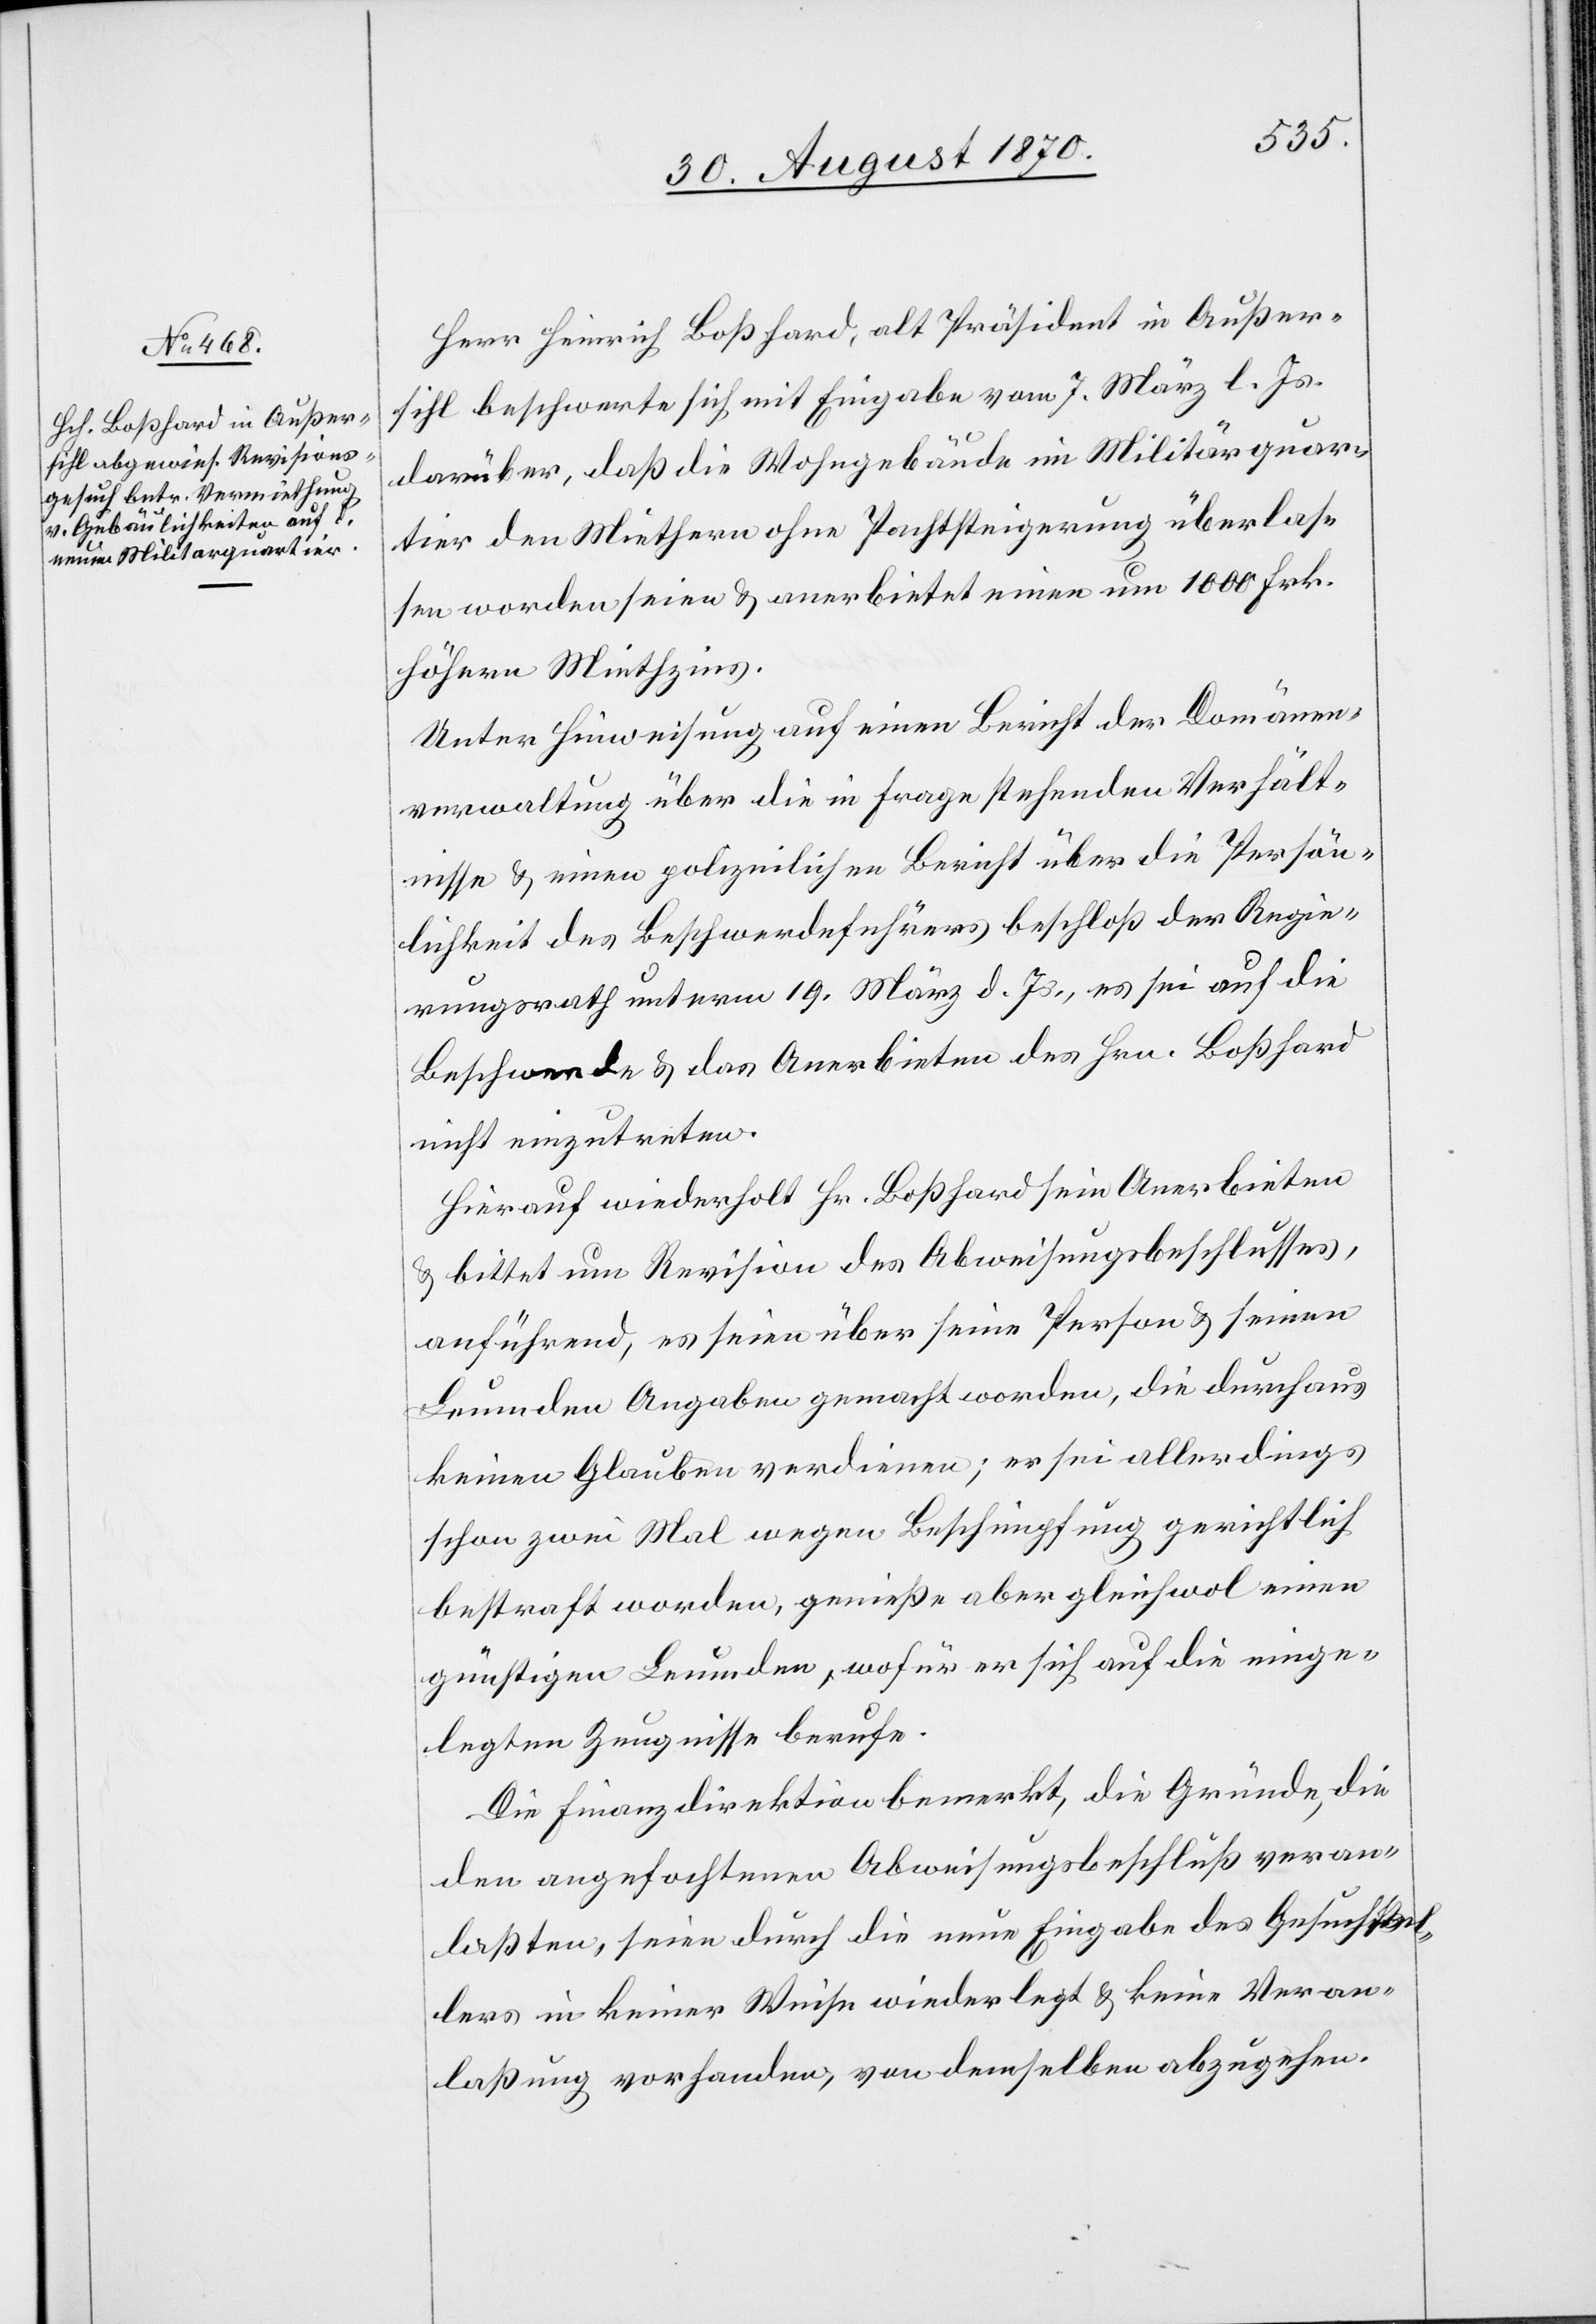
Herr Heinrich Boßhard, alt Präsident in Außer¬
sihl beschwerte sich mit Eingabe vom 7. März l. Js.
darüber, daß die Wohngebäude im Militärquar¬
tier den Miethern ohne Pachtsteigerung überlas¬
sen worden seien & anerbietet einen um 1000 Frk.
höhern Miethzins.
Unter Hinweisung auf einen Bericht der Domänen¬
verwaltung über die in Frage stehenden Verhält¬
nisse & einen polizeilichen Bericht über die Persön¬
lichkeit des Beschwerdeführers beschloß der Regie¬
rungsrath unterm 19. März d. Js., es sei auf die
Beschwerde & das Anerbieten des Hrn. Boßhard
nicht einzutreten.
Hierauf wiederholt Hr. Boßhard sein Anerbieten
& bittet um Revision des Abweisungsbeschlusses,
anführend, es seien über seine Person & seinen
Leumden Angaben gemacht worden, die durchaus
keinen Glauben verdienen; er sei allerdings
schon zwei Mal wegen Beschimpfung gerichtlich
bestraft worden, genieße aber gleichwol einen
günstigen Leumden, wofür er sich auf die einge¬
legten Zeugnisse berufe.
Die Finanzdirektion bemerkt, die Gründe, die
den angefochtenen Abweisungsbeschluß veran¬
laßte, seien durch die neue Eingabe des Gesuchstel¬
lers in keiner Weise wiederlegt & keine Veran¬
laßung vorhanden, von demselben abzugehen.